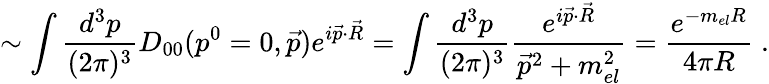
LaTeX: \sim\int\frac{d^{3}p}{(2\pi)^{3}}D_{00}(p^{0}=0,\vec{p})e^{i\vec{p}\cdot\vec{R}}=\int\frac{d^{3}p}{(2\pi)^{3}}\frac{e^{i\vec{p}\cdot\vec{R}}}{\vec{p}^{2}+m_{el}^{2}}=\frac{e^{-m_{el}R}}{4\pi R}\; .